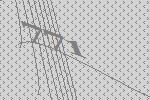
771